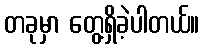
တခုမှာ တွေ့ရှိခဲ့ပါတယ်။